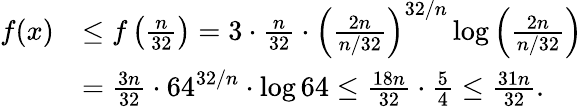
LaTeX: \begin{array}{rl}{f(x)}&{\leq f\left(\frac{n}{32}\right)=3\cdot\frac{n}{32}\cdot\left(\frac{2n}{n/32}\right)^{32/n}\log{\left(\frac{2n}{n/32}\right)}}\\ &{=\frac{3n}{32}\cdot 64^{32/n}\cdot\log{64}\leq\frac{18n}{32}\cdot\frac 54\leq\frac{31n}{32}.}\end{array}